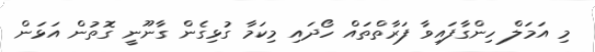
މި އަމަލް ހިންގާފައިވާ ފަރާތްތައް ހޯދައި މިކަމާ ގުޅިގެން ގާނޫނީ ގޮތުން އަޅަން